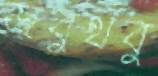
জবুথবু